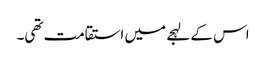
اس کے لہجے میں استقامت تھی۔